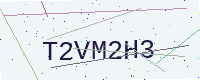
Text: T2VM2H3